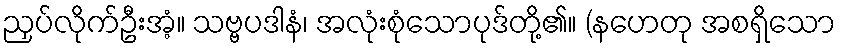
ညှပ်လိုက်ဦးအံ့။ သဗ္ဗပဒါနံ၊ အလုံးစုံသောပုဒ်တို့၏။ (နဟေတု အစရှိသော